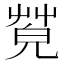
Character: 𦯦